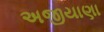
અજીયાણા